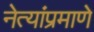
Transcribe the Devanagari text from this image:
नेत्यांप्रमाणे